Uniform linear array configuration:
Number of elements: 16
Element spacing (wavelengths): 0.5
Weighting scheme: uniform
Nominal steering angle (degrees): -30
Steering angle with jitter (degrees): -29.461
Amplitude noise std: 0.05
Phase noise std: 0.05

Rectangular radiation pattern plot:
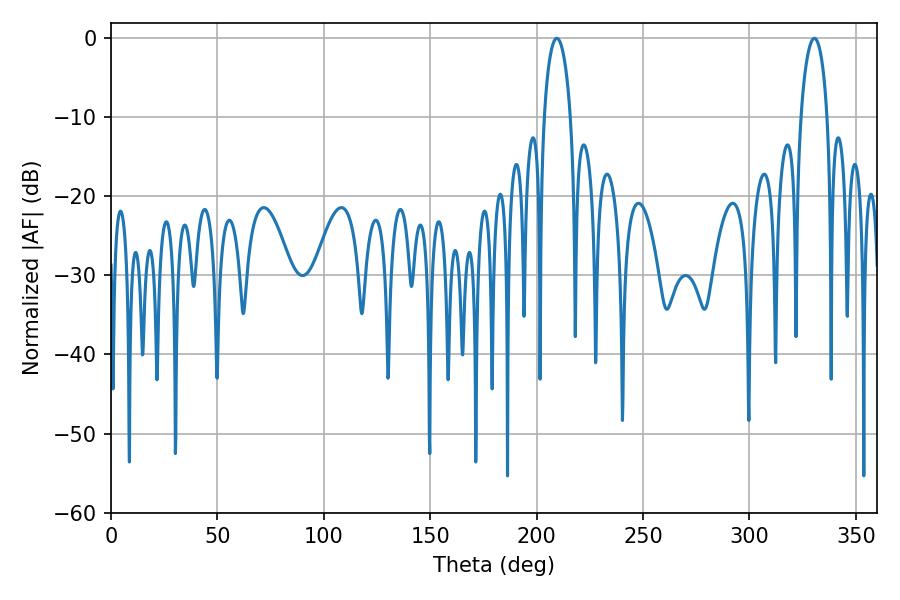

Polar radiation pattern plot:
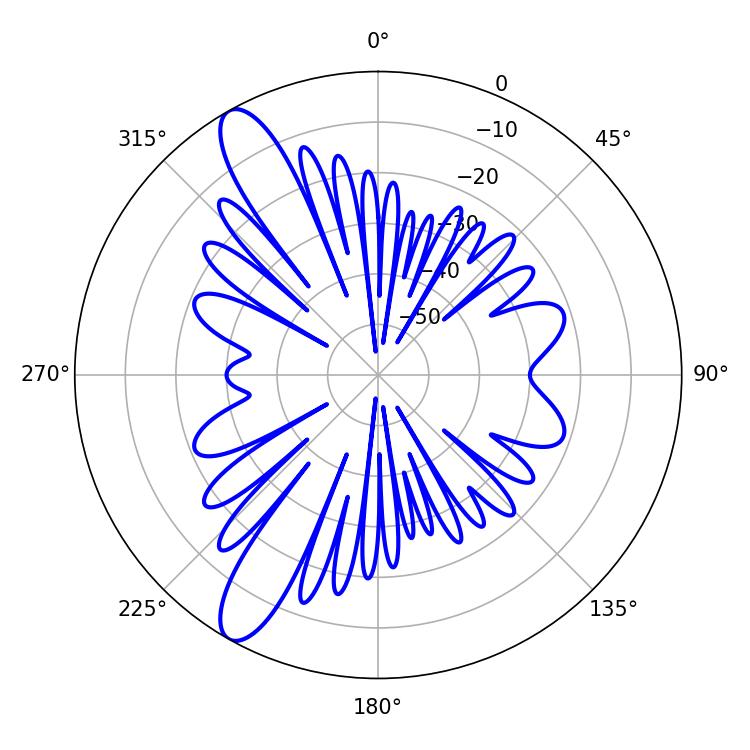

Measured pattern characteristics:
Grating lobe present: FALSE
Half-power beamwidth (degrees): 7.2
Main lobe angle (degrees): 209.52